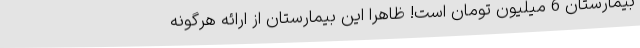
بیمارستان 6 میلیون تومان است! ظاهراً این بیمارستان از ارائه هرگونه